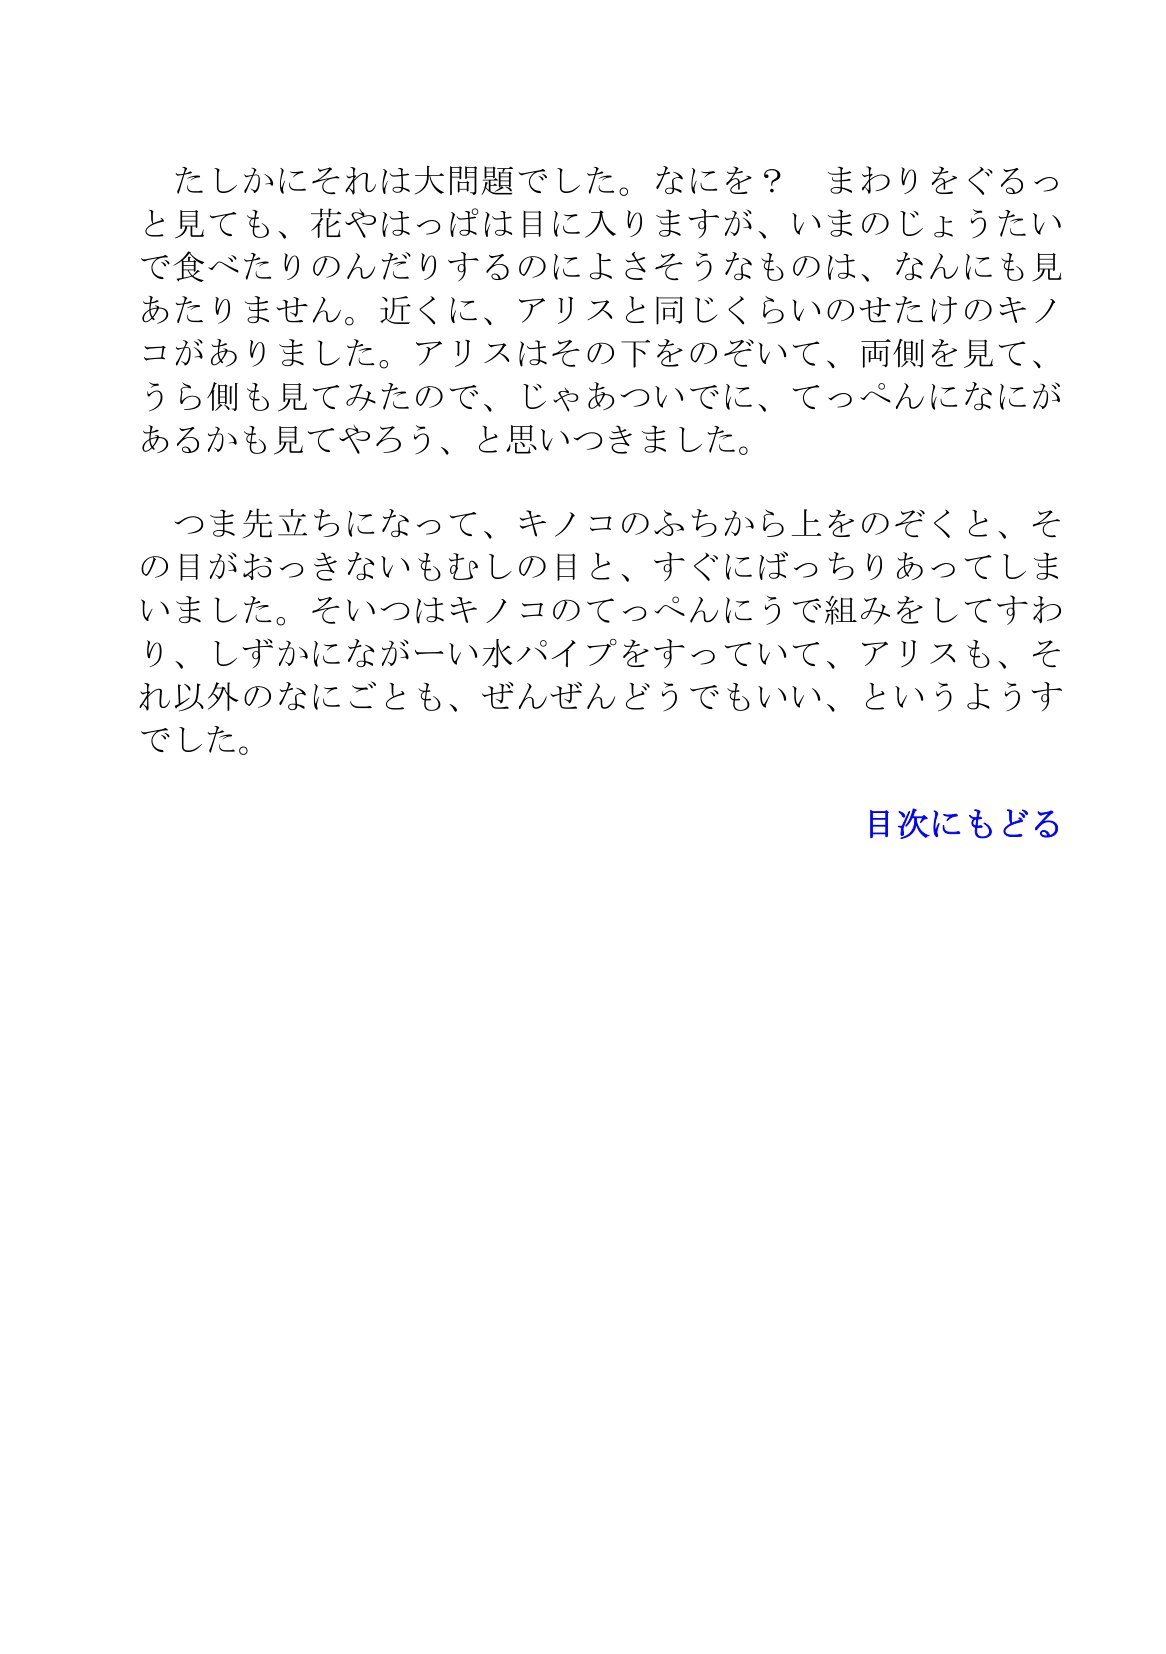
Language: ja